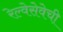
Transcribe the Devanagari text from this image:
रेल्वेसेवेची